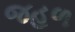
જહળ